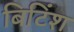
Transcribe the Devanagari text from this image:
बिटिंश